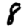
Digit: 8